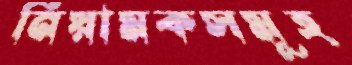
নিয়ামকসমূহ